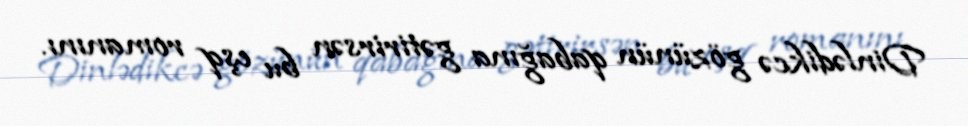
Dinlədikcə gözünün qabağına gətirirsən bu eşq romanını.